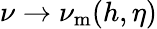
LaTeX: \nu\rightarrow\nu_{\mathrm{m}}(h,\eta)